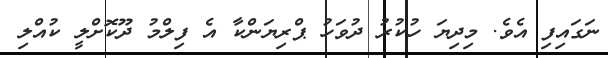
ނަގައިފި އެވެ. މިދިޔަ ހުކުރު ދުވަހު ޕްރިޔަންކާ އެ ފިލްމު ދޫކޮށްލީ ކުއްލި